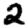
Digit: 2